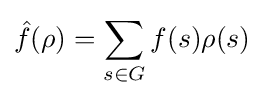
{\hat {f}}(\rho )=\sum _{s\in G}f(s)\rho (s)